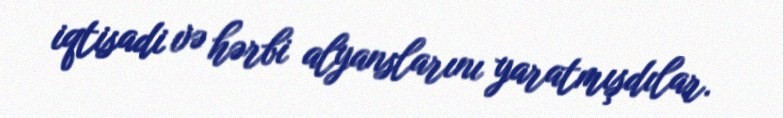
iqtisadi və hərbi alyanslarını yaratmışdılar.